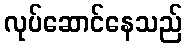
လုပ်ဆောင်နေသည်